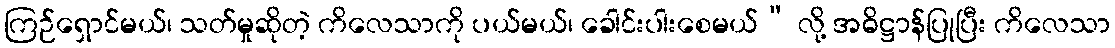
ကြဉ်ရှောင်မယ်၊ သတ်မှုဆိုတဲ့ ကိလေသာကို ပယ်မယ်၊ ခေါင်းပါးစေမယ်” လို့ အဓိဋ္ဌာန်ပြုပြီး ကိလေသာ